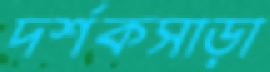
দর্শকসাড়া